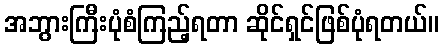
အဘွားကြီးပုံစံကြည့်ရတာ ဆိုင်ရှင်ဖြစ်ပုံရတယ်။